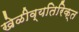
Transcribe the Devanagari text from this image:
खेळीव्यतिरिक्त